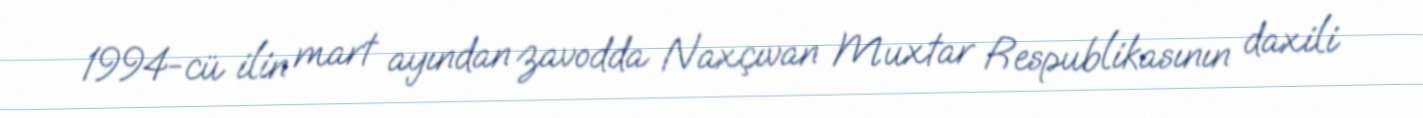
1994-cü ilin mart ayından zavodda Naxçıvan Muxtar Respublikasının daxili